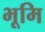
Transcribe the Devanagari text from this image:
भूमि